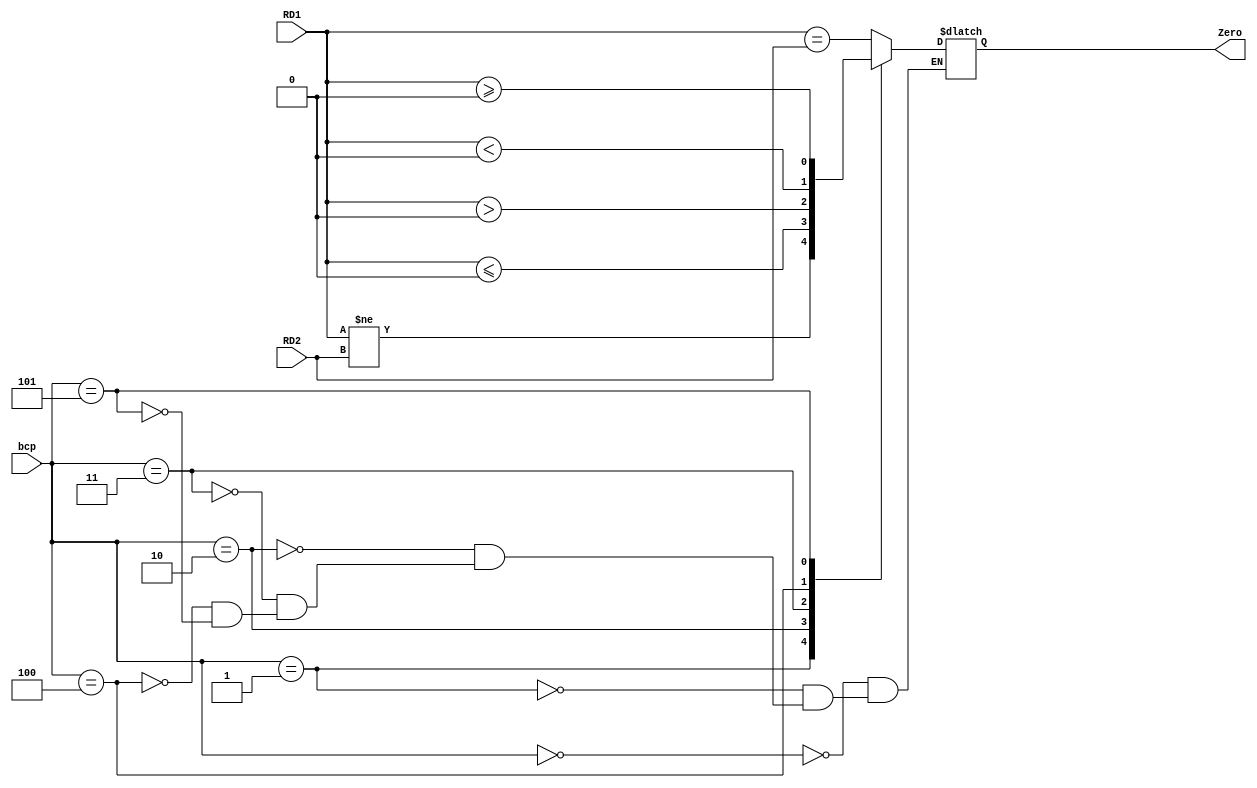
`timescale 1ns / 1ps
//////////////////////////////////////////////////////////////////////////////////
// Company: 
// Engineer: 
// 
// Design Name: 
// Module Name:    COMP 
// Project Name: 
// Target Devices: 
// Tool versions: 
// Description: 
//
// Dependencies: 
//
// Revision: 
// Revision 0.01 - File Created
// Additional Comments: 
//
//////////////////////////////////////////////////////////////////////////////////
module COMP(
    input [31:0] RD1,
    input [31:0] RD2,
	 input [2:0] bcp,
    output reg Zero
    );
	always @(*)begin
		case(bcp)
			3'b000: Zero<=(RD1==RD2);
			3'b001: Zero<=(RD1!=RD2);
			3'b010: Zero<=($signed(RD1)<=0);
			3'b011: Zero<=($signed(RD1)>0);
			3'b100: Zero<=($signed(RD1)<0);
			3'b101: Zero<=($signed(RD1)>=0);
		endcase
	end

endmodule